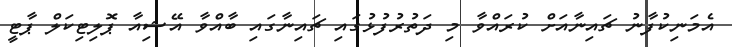
އެމަނިކުފާނު ޗައިނާއަށް ކުރައްވާ މި ދަތުރުފުޅުގައި ޗައިނާގައި ބާއްވާ އޭޝިއާ ޕޮލިޓިކަލް ޕާޓީ